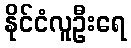
နိုင်ငံလူဦးရေ